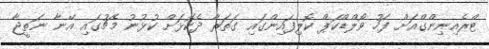
ޓްރެއިނިންގްއަށް ފަހު ވޯލްޑްކަޕް ކޮލިފައިންގައި ގަތަރާ ދެކޮޅަށް ކުޅުނު މެޗުގައި އޭނާ ނަތީޖާ